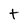
Character: t